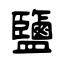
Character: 鹽